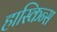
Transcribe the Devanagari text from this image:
हास्किन्स